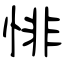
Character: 悱